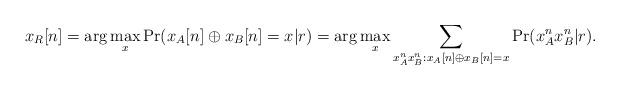
LaTeX: \begin{align*}x_R [n] = \arg \mathop {\max }\limits_x \Pr (x_A [n] \oplus x_B [n] = x|r) = \arg \mathop {\max }\limits_x \sum\limits_{x_A^n x_B^n :x_A [n] \oplus x_B [n] = x} {\Pr (x_A^n x_B^n |r)}.\end{align*}